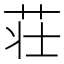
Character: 荘